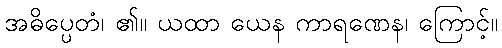
အဓိပ္ပေတံ၊ ၏။ ယထာ ယေန ကာရဏေန၊ ကြောင့်။